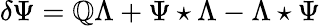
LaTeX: \delta\Psi=\mathbb{Q}\Lambda+\Psi\star\Lambda-\Lambda\star\Psi